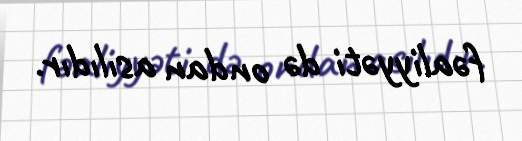
fəaliyyəti də ondan asılıdır.